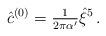
LaTeX: \begin{align*}{\hat c}^{(0)} = {\textstyle\frac{1}{2\pi \alpha^\prime}}\hat{\xi}^{5}\, .\end{align*}